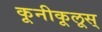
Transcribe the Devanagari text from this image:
कूनीकूलूस्